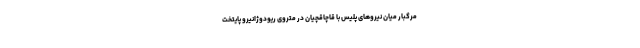
مرگبار میان نیروهای پلیس با قاچاقچیان در متروی ریودوژانیرو پایتخت